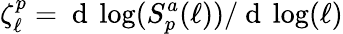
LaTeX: \zeta_{\ell}^{p}={\mathrm{~d~}\log(S_{p}^{a}(\ell))}/{\mathrm{~d~}\log(\ell)}